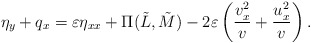
\begin{align*}\eta_y+q_x= \varepsilon \eta_{xx}+ \Pi(\tilde{L}, \tilde{M})-2\varepsilon\left(\frac{v_x^2}{v}+\frac{u_x^2}{v}\right).\end{align*}